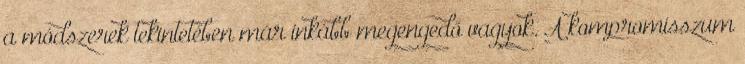
a módszerek tekintetében már inkább megengedő vagyok. A kompromisszum